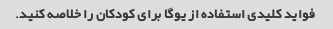
فواید کلیدی استفاده از یوگا برای کودکان را خلاصه کنید.